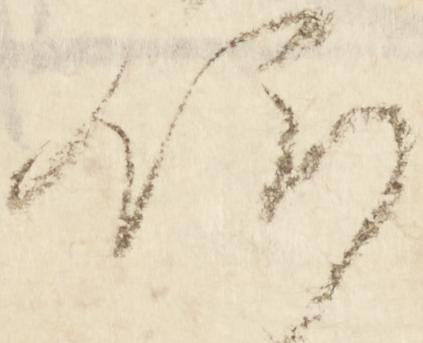
仰